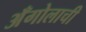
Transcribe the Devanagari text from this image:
अँगोलाची